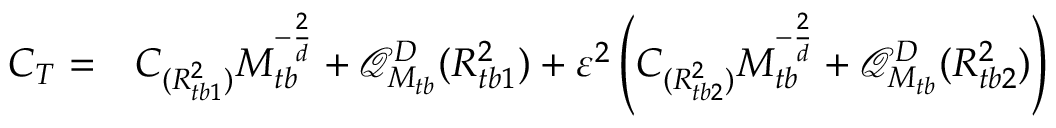
\begin{array} { r l } { C _ { T } = } & { { } C _ { ( { R _ { t b 1 } ^ { 2 } } ) } M _ { t b } ^ { - \frac { 2 } { d } } + \mathcal { Q } _ { M _ { t b } } ^ { D } ( R _ { t b 1 } ^ { 2 } ) + \varepsilon ^ { 2 } \left( C _ { ( { R _ { t b 2 } ^ { 2 } } ) } M _ { t b } ^ { - \frac { 2 } { d } } + \mathcal { Q } _ { M _ { t b } } ^ { D } ( R _ { t b 2 } ^ { 2 } ) \right) } \end{array}